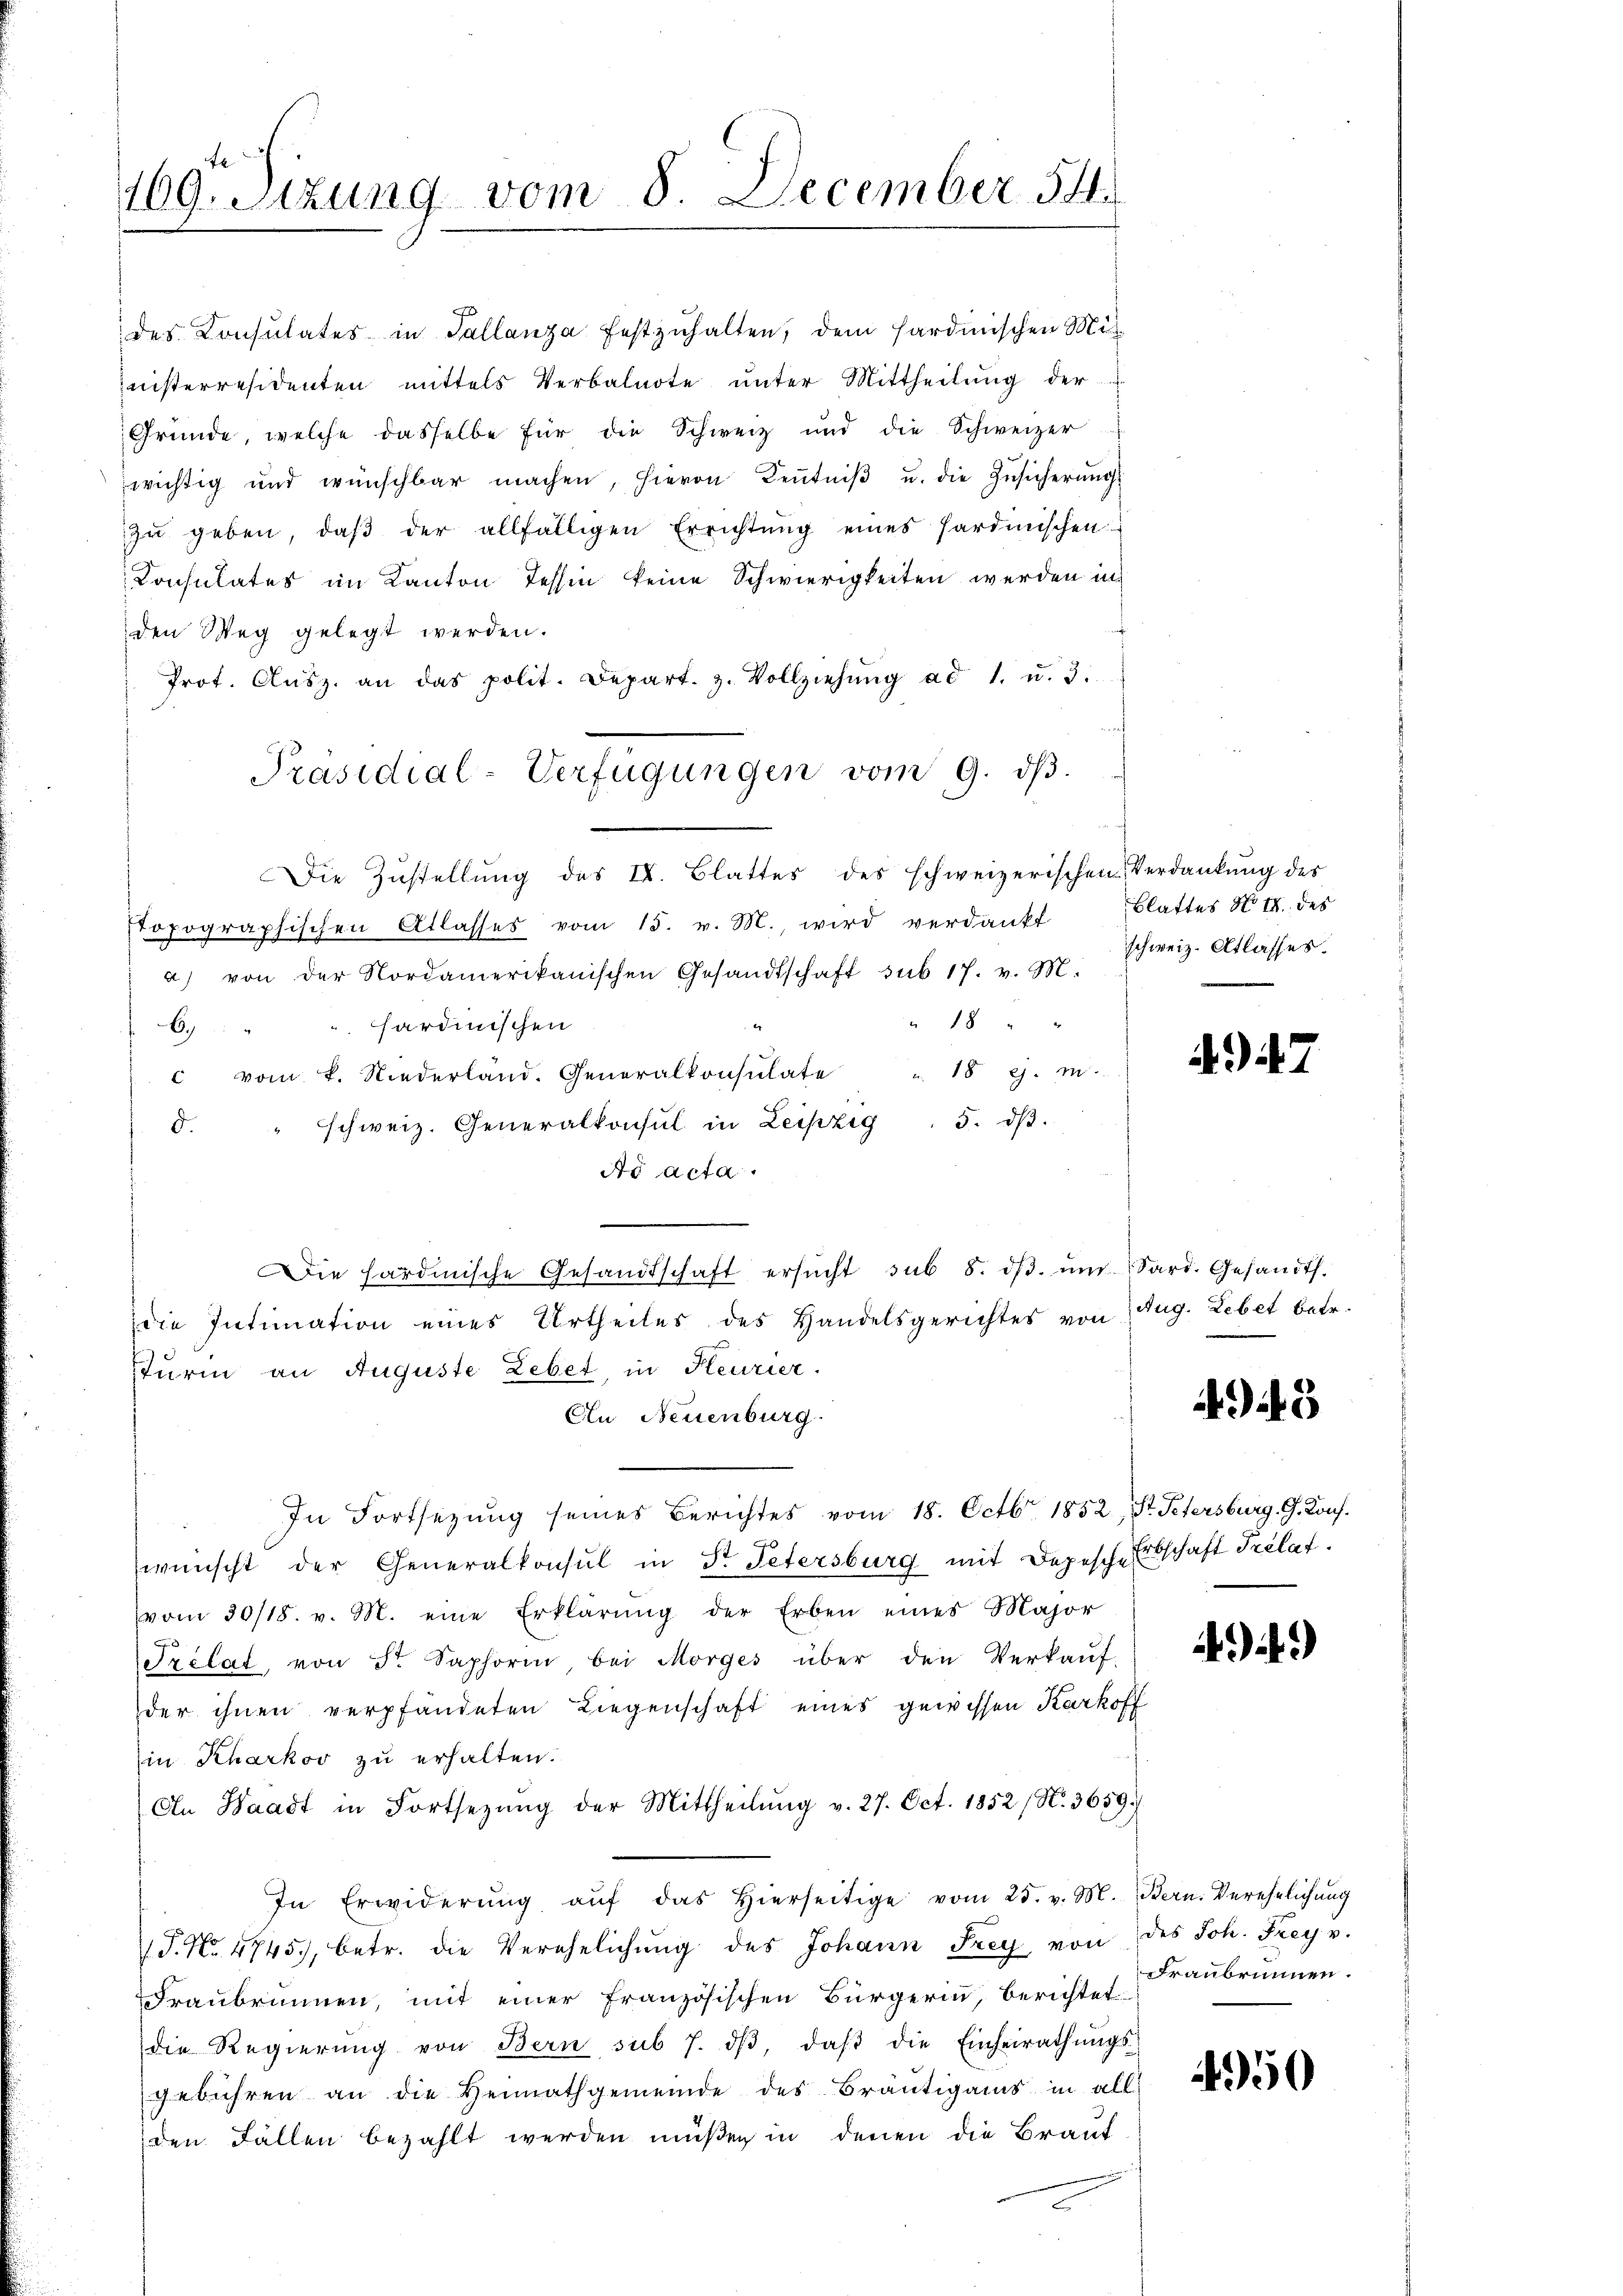
109. Szung vom 8. December 541.

des Consulates in Tallanza festzuhalten, dem Hardinischen Mitinisterresidenten mittels Verbalnote unter Mittheilung der
Gründe, welche dasselbe für die Schweiz und die Schweizer
wichtig und wünschbar machen, hievon Keṅtniβ u. die Zŭsicherŭngs
zŭ geben, daβ der allfälligen Errichtŭng eines Hardmischen
Consulates im Kanton Tessin keine Schwierigkeiten werden in
den Weg gelegt werden.
Prot. Aŭsz. an das polit. Depart. 3. Vollziehŭng ad 1. u. 3.
Die Zustellung des IV. Blattes des schweizerischen Verdankung des
stopographischen Atlasses vom 15. v. M., wird verdankt
a) von der Nordamerikanischen Gesandtschaft sub 17. v. M.
18 " "
sardinischen
6.)
 vom k. Niederland. Generalkonsulate " 18 J. m
5. dß.
" schweiz. Generalkonsul in Leipzig
d.
Ao acta.
Die hardische Gesandtschaft ersŭcht sub 8. dβ. ŭm Sard. Gesandts.
die Intimation eines Urtheiles des Handelsgerichtes von Aug. Lebet betr.
sturm an Auguste Lebet, in Keurier.
An Neuenburg.
In Fortsetzung seines Berichtes vom 18. Octbr 1852, Dr. Petersburg. G. Kons.
wünscht der Generalkonsul in Sr. Petersburg mit Depesche Erbschaft Prélat.
vom 30/18. v. M. eine Erklärŭng der Erben eines Major
Prélat, von Fr. Saphorin bei Morges über den Verkaŭf-
der ihnen verpfandeten Liegenschaft eines gewissen Karkoff
in Kharkov zu erhalten.
An Waadt in Fortsetzŭng der Mittheilŭng v. 27. Oct. 1852 (N. 3659.
In Erwiderŭng aŭf das hierseitige vom 25. v. M. Bern. Verehelichŭng
T. No. 4745), betr. die Verehelichŭng des Johann Frey von des Joh. Frey u.
Fraubrunnen, mit einer französischen Bürgerin berichtet
die Regierŭng von Bern sub 7. dβ, daβ die Einheirathŭngs-
gebühren an die Heimathgemeinde des Bräŭtigams in all
den Fällen bezahlt werden müßen in denen die Braut
2

Präsidial-Verfügungen vom 9. dβ.

Blattes No II. des
schweiz. Atlasses.

A

4943

494)

ffranbrunnen.

4950